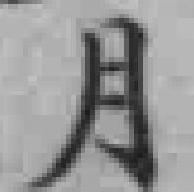
月